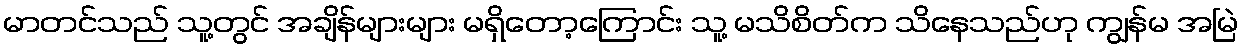
မာတင်သည် သူ့တွင် အချိန်များများ မရှိတော့ကြောင်း သူ့ မသိစိတ်က သိနေသည်ဟု ကျွန်မ အမြဲ